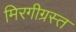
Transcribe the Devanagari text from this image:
मिरगीग्रस्त